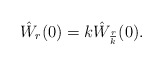
\begin{align*}\hat W_r(0) = k \hat W_\frac{r}{k}(0).\end{align*}